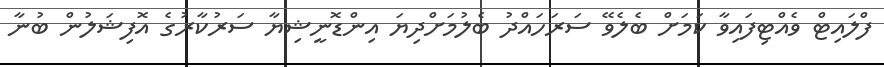
ފްލައިޓް ވެއްޓިފައިވާ ކަމަށް ބެލެވޭ ސަރަހައްދު ބެލުމަށްދިޔަ އިންޑޮނީޝިޔާ ސަރުކާރުގެ އޮފިޝަލުން ބުނާ